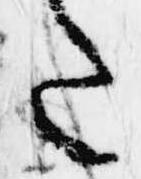
た